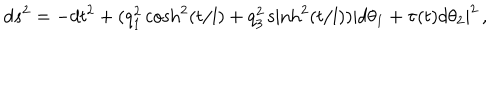
LaTeX: d s ^ { 2 } = - d t ^ { 2 } + ( q _ { 1 } ^ { 2 } \cosh ^ { 2 } ( t / l ) + q _ { 3 } ^ { 2 } \sinh ^ { 2 } ( t / l ) ) | d \theta _ { 1 } + \tau ( t ) d \theta _ { 2 } | ^ { 2 } \, ,